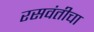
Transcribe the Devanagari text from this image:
रसवंतीचा